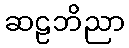
ဆဠဘိညာ